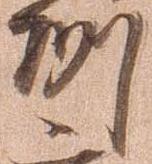
州